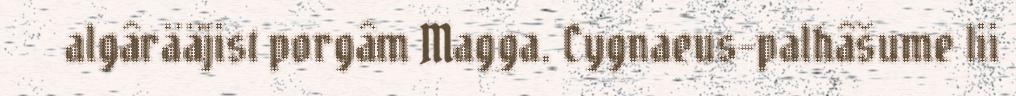
algârääjist porgâm Magga. Cygnaeus-palhâšume lii